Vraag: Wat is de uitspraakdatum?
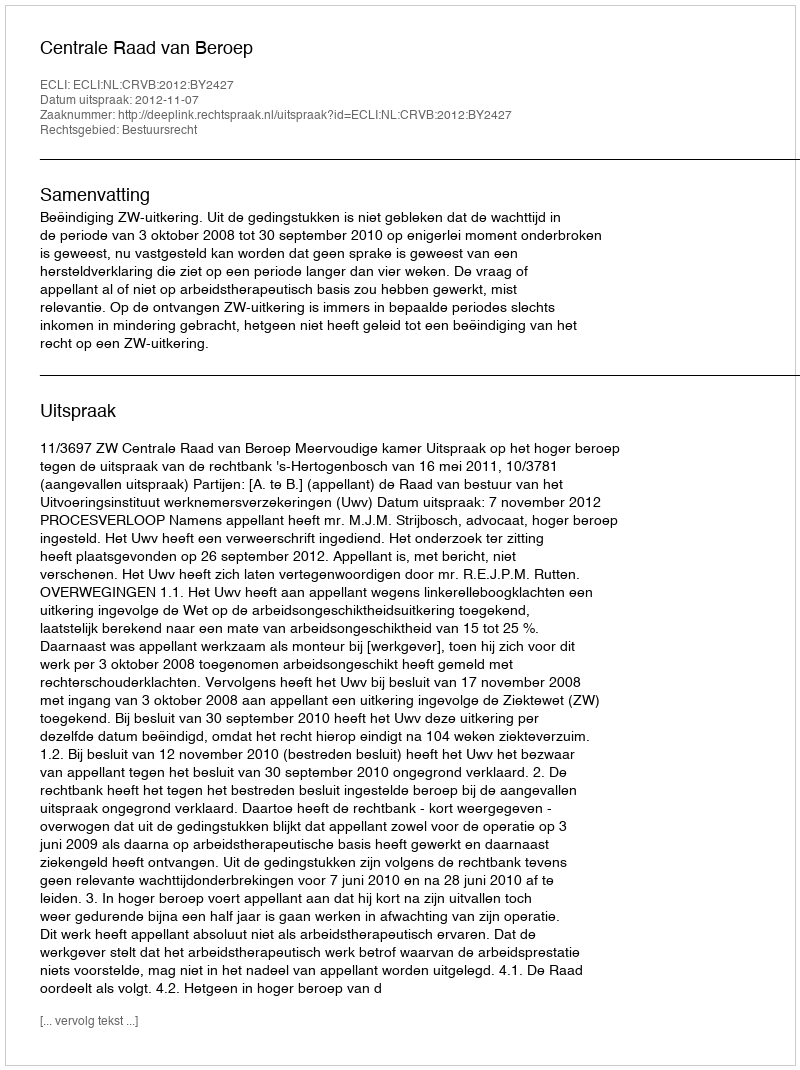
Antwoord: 2012-11-07